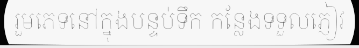
រួមភេទនៅក្នុងបន្ទប់ទឹក កន្លែងទទួលភ្ញៀវ